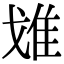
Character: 𨾓